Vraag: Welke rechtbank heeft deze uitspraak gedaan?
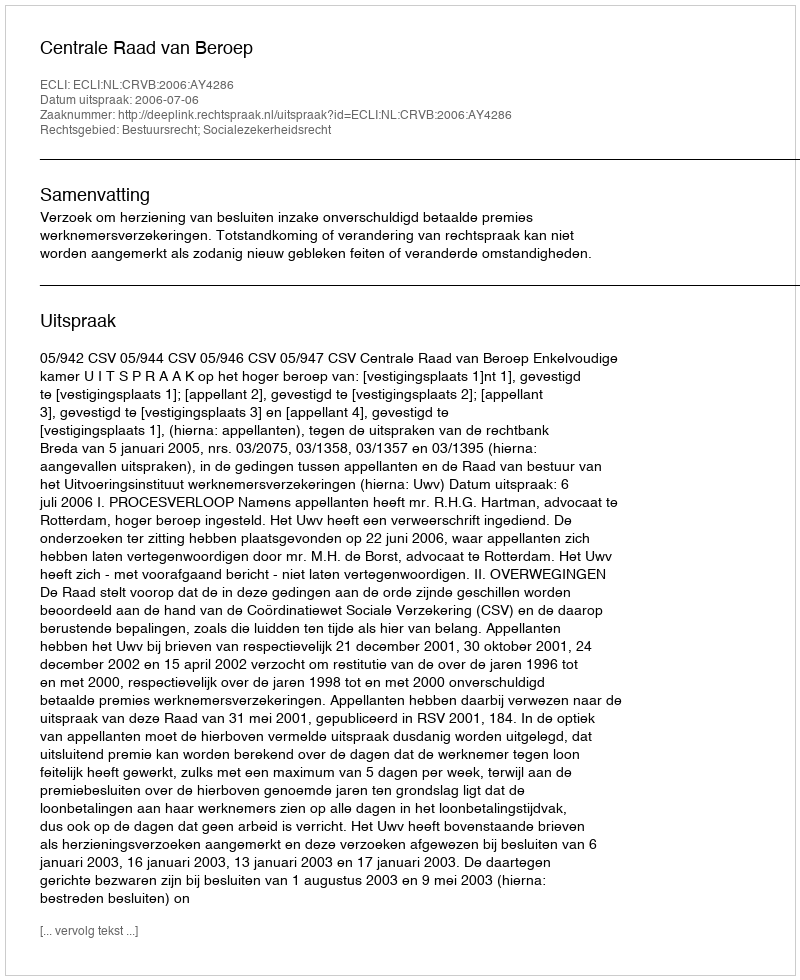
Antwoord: Centrale Raad van Beroep